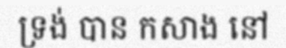
ទ្រង់ បាន កសាង នៅ